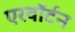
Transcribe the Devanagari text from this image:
एरवॉर्टन